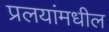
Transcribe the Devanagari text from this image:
प्रलयांमधील